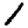
Digit: 1